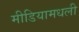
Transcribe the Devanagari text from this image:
मीडियामधली